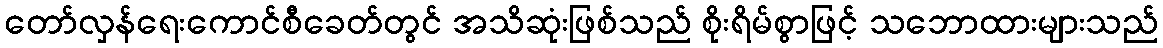
တော်လှန်ရေးကောင်စီခေတ်တွင် အသိဆုံးဖြစ်သည် စိုးရိမ်စွာဖြင့် သဘောထားများသည်